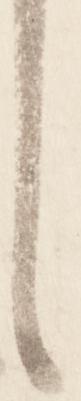
し